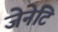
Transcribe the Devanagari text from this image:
जेनेटि